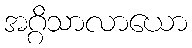
အဂ္ဂိသာလာယော